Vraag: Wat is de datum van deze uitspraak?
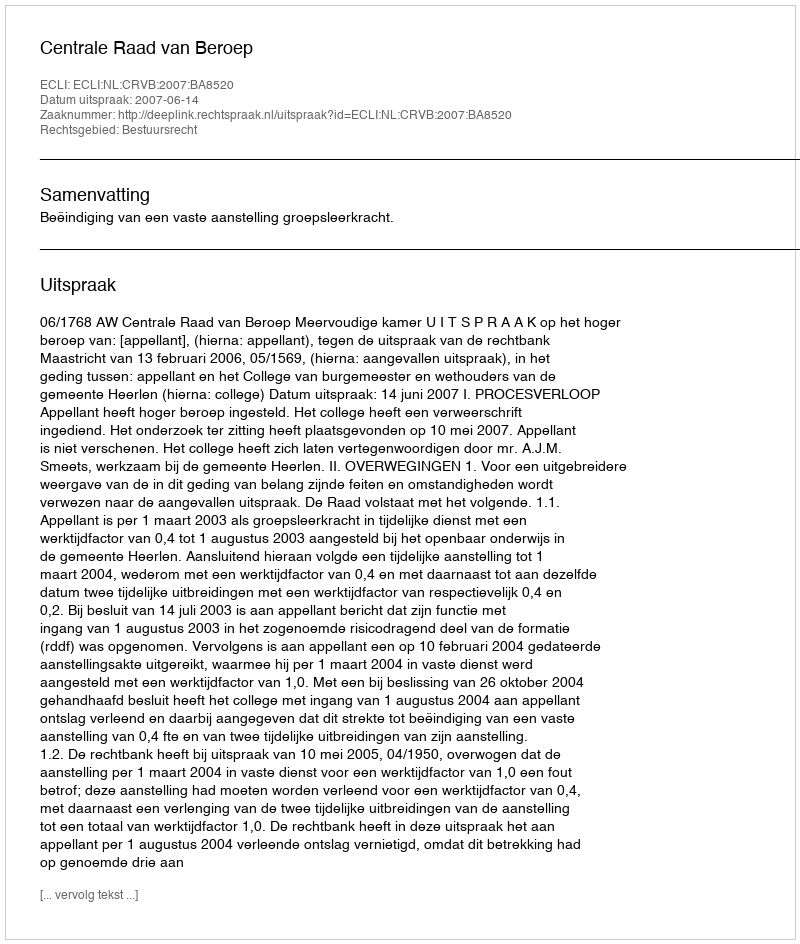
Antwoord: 2007-06-14